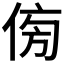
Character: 𠊓